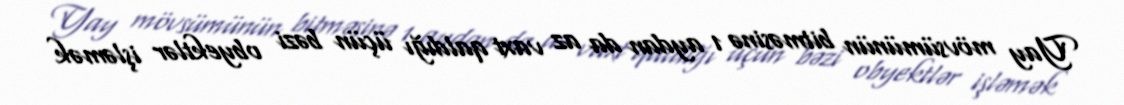
Yay mövsümünün bitməsinə 1 aydan da az vaxt qaldığı üçün bəzi obyektlər işləmək